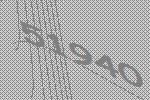
51940